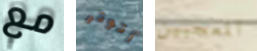
مع أتوتر المعجبين